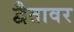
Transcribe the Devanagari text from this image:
द्वैतावर